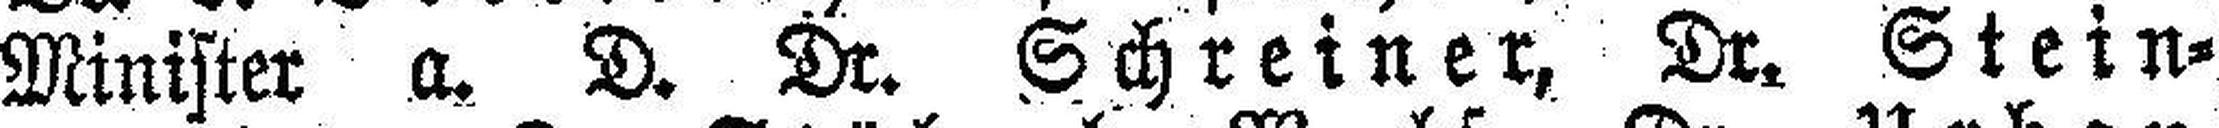
Minister a. D. Dr. Schreiner, Dr. Stein¬